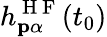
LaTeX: h_{\mathbf{p}\alpha}^{\mathrm{~H~F~}}(t_{0})